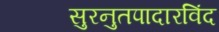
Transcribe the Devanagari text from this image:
सुरनुतपादारविंद